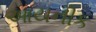
આયનીક